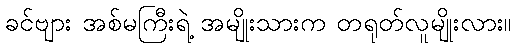
ခင်ဗျား အစ်မကြီးရဲ့ အမျိုးသားက တရုတ်လူမျိုးလား။